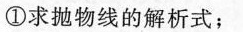
①求抛物线的解析式；